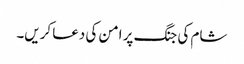
شام کی جنگ پر امن کی دعا کریں۔